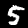
Label: 5